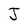
Character: J